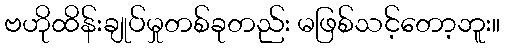
ဗဟိုထိန်းချုပ်မှုတစ်ခုတည်း မဖြစ်သင့်တော့ဘူး။